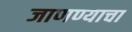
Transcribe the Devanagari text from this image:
जाणण्याचा